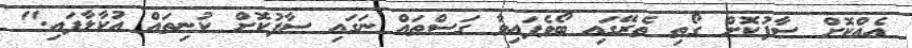
އެއްކޮށް ސާފުކޮށް ގޯތި ތެރޭގައި ބޯވެފައިވާ ގަސްތައް ނަގައި ސާފުކޮށް ކުނިތައް އުކާލާފައި."